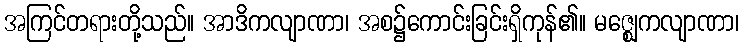
အကြင်တရားတို့သည်။ အာဒိကလျာဏာ၊ အစ၌ကောင်းခြင်းရှိကုန်၏။ မဇ္ဈေကလျာဏာ၊